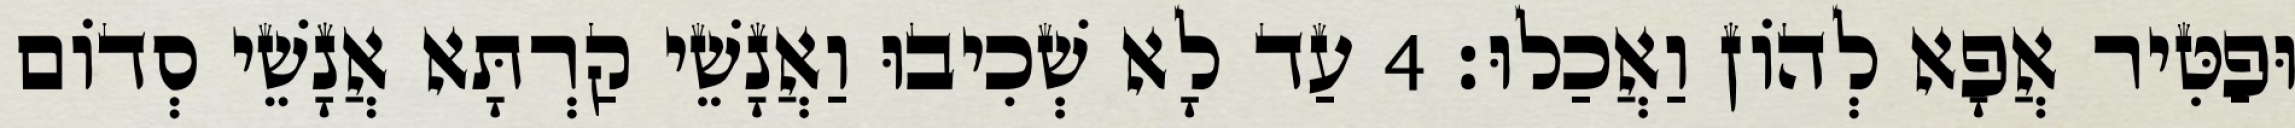
וּפַטִּיר אֲפָא לְהוֹן וַאֲכַלוּ׃ 4 עַד לָא שְׁכִיבוּ וַאֲנָשֵׁי קַרְתָּא אֲנָשֵׁי סְדוֹם